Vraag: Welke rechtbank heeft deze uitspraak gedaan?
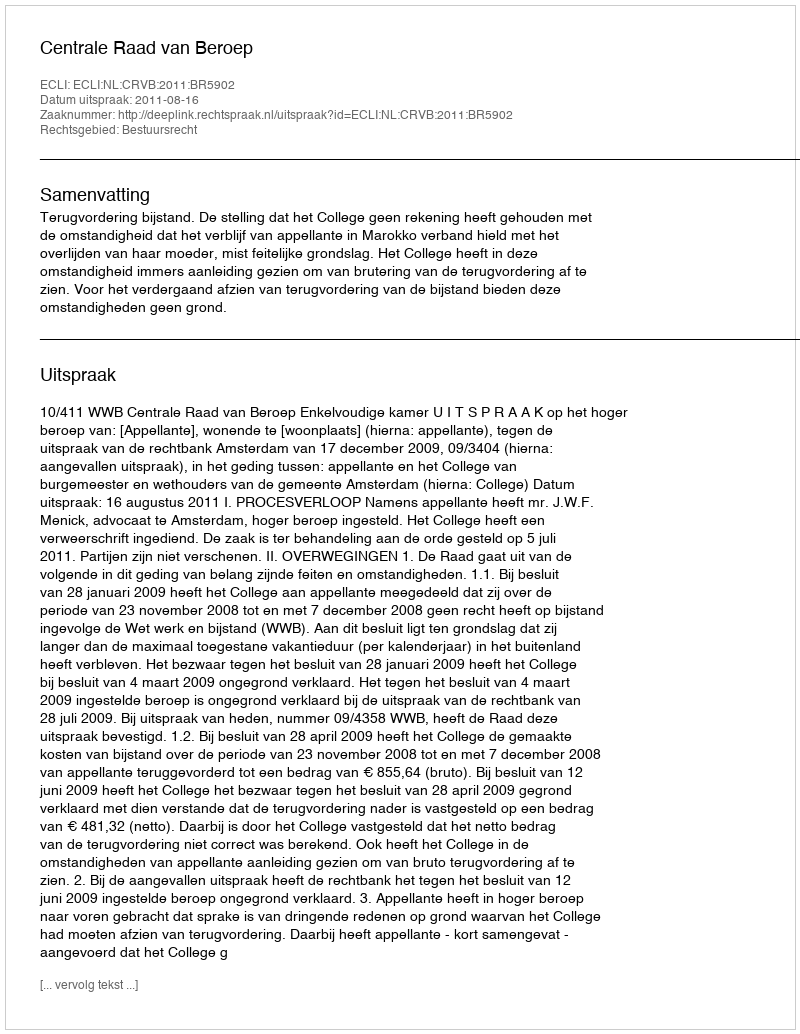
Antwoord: Centrale Raad van Beroep